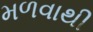
મળવાથી